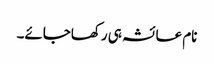
نام عائشہ ہی رکھاجائے۔